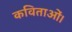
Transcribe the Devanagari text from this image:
कविताओं।